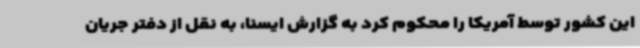
این کشور توسط آمریکا را محکوم کرد به گزارش ایسنا، به نقل از دفتر جریان